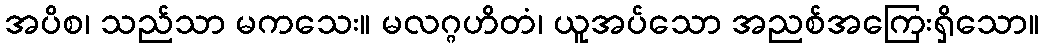
အပိစ၊ သည်သာ မကသေး။ မလဂ္ဂဟိတံ၊ ယူအပ်သော အညစ်အကြေးရှိသော။